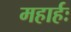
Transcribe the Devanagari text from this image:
महार्हः